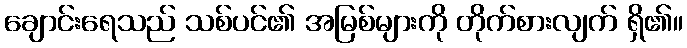
ချောင်းရေသည် သစ်ပင်၏ အမြစ်များကို တိုက်စားလျက် ရှိ၏။